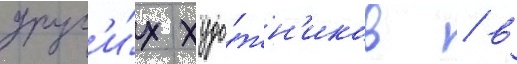
друг'и́х худо́жн'иков / в